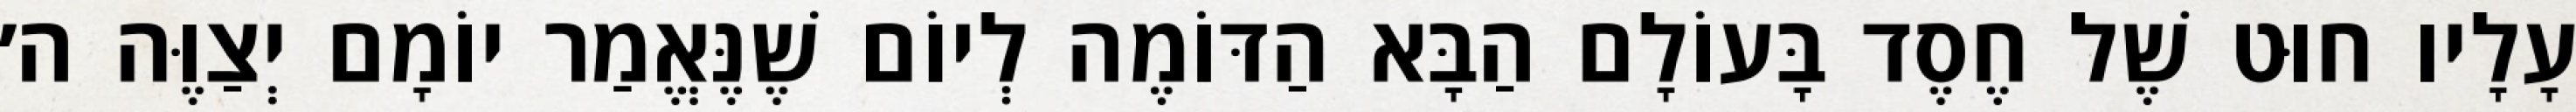
עָלָיו חוּט שֶׁל חֶסֶד בָּעוֹלָם הַבָּא הַדּוֹמֶה לְיוֹם שֶׁנֶּאֱמַר יוֹמָם יְצַוֶּה ה׳